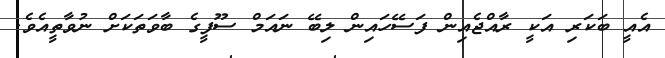
އެއީ ބަކަރި އަކީ ރާއްޖެއިން ފަސޭހައިން ލިބޭ ނައަމް ސޫފީގެ ބާވަތަކަށް ނުވާތީއެވެ.